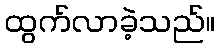
ထွက်လာခဲ့သည်။